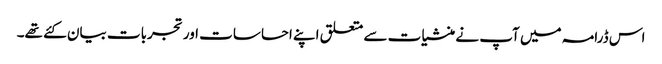
اس ڈرامہ میں آپ نے منشیات سے متعلق اپنے احساسات اور تجربات بیان کئے تھے۔